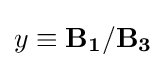
y\equiv \mathbf {B_{1}/B_{3}}